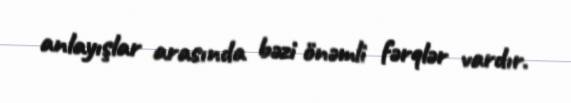
anlayışlar arasında bəzi önəmli fərqlər vardır.